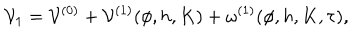
LaTeX: { \cal V } _ { 1 } = { \cal V } ^ { ( 0 ) } + { \cal V } ^ { ( 1 ) } ( \phi , h , K ) + \omega ^ { ( 1 ) } ( \phi , h , K , \tau ) ,